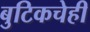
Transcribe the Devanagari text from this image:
बुटिकचेही